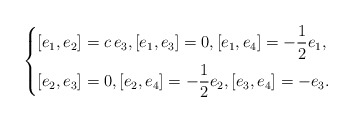
\begin{align*}\left\{\begin{aligned}\displaystyle [e_1,e_2] &= c\,e_3,[e_1,e_3] = 0,[e_1,e_4] = -\frac{1}{2}e_1, \\\displaystyle [e_2,e_3] &= 0, [e_2,e_4] = -\frac{1}{2}e_2, [e_3,e_4] = -e_3.\end{aligned}\right.\end{align*}